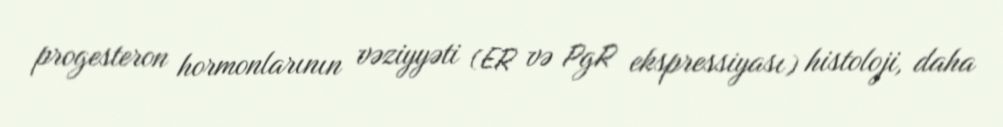
progesteron hormonlarının vəziyyəti (ER və PgR ekspressiyası) histoloji, daha